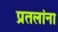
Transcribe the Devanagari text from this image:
प्रतलांना